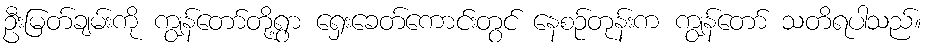
ဦးမြတ်ချမ်းကို ကျွန်တော်တို့ရွာ ရှေးခေတ်ကောင်းတွင် နေစဉ်တုန်းက ကျွန်တော် သတိရပါသည်။